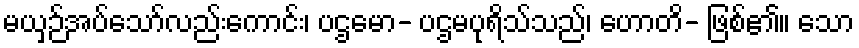
မယှဉ်အပ်သော်လည်းကောင်း၊ ပဌမော- ပဌမပုရိသ်သည်၊ ဟောတိ- ဖြစ်၏။ သော